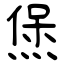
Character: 㷛